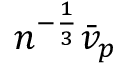
n ^ { - \frac { 1 } { 3 } } \bar { v } _ { p }